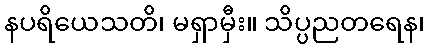
နပရိယေသတိ၊ မရှာမှီး။ သိပ္ပညတရေန၊